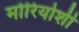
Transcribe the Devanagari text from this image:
मोरियोशी